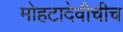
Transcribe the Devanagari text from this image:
मोहटादेवीचीच